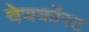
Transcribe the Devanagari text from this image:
वेबकॉस्ट